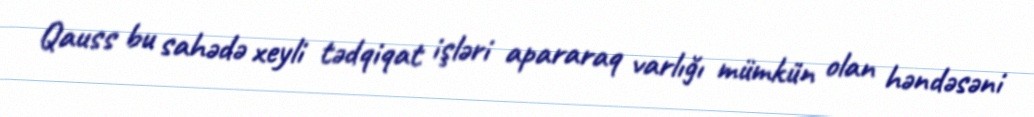
Qauss bu sahədə xeyli tədqiqat işləri apararaq varlığı mümkün olan həndəsəni